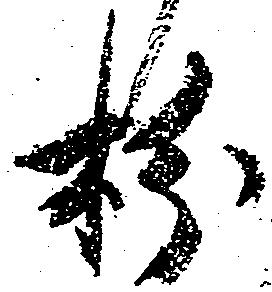
枌